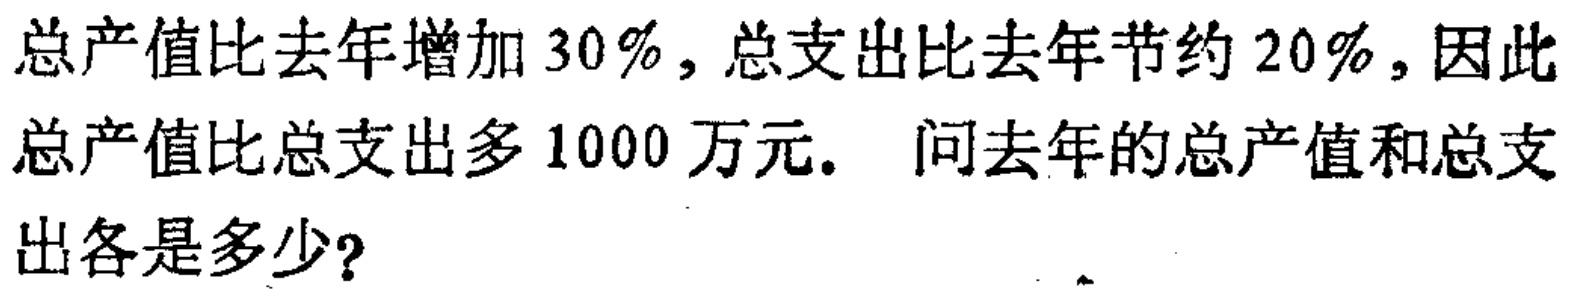
总产值比去年增加$30\%$，总支出比去年节约$20\%$，因此总产值比总支出多$1000$万元。 问去年的总产值和总支出各是多少？